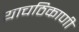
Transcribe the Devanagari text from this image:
याचठिकाणी